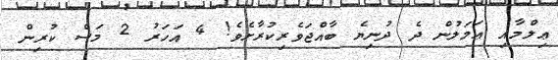
ޢިލްމާއި ޢަމަލުން ދެ ދުނިޔެ ބާއްޖަވެރިކުރާށެވެ! 4 އަހަރު 2 މަސް ކުރިން